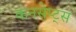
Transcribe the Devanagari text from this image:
कनसेप्ट्स